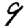
Digit: 9